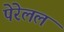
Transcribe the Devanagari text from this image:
पेरेलल